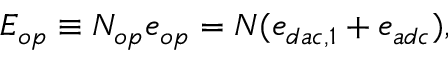
E _ { o p } \equiv N _ { o p } e _ { o p } = N ( e _ { d a c , 1 } + e _ { a d c } ) ,